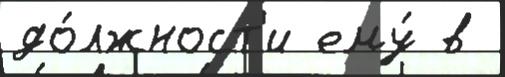
до́лжност'и ему́ в